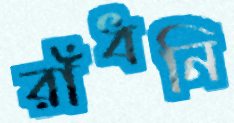
রাঁধনি